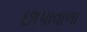
છાપાવાળા